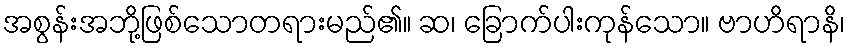
အစွန်းအဘို့ဖြစ်သောတရားမည်၏။ ဆ၊ ခြောက်ပါးကုန်သော။ ဗာဟိရာနိ၊